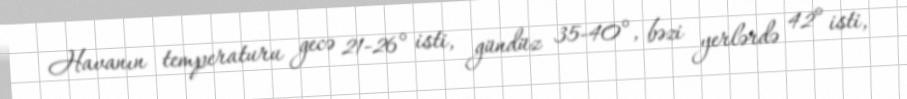
Havanın temperaturu gecə 21-26° isti, gündüz 35-40°, bəzi yerlərdə 42° isti,